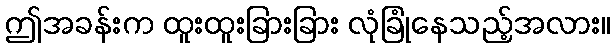
ဤအခန်းက ထူးထူးခြားခြား လုံခြုံနေသည့်အလား။